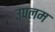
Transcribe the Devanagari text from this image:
उपलम